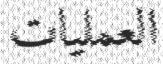
العملیات